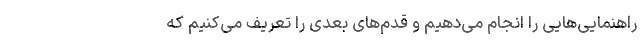
راهنمایی‌هایی را انجام می‌دهیم و قدم‌های بعدی را تعریف می‌کنیم که